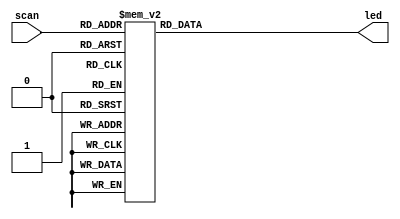
module decode38_row (scan,led);
 
	input [2:0] scan;						//scan3,125,000hz
	output [7:0] led;						//
 
        reg [7:0] led;              //ledregalwaysreg
 
        //alwaysscanscanalways
	always @ (scan)
	begin
		case(scan)                                               
			3'b000:	led=8'b0111_1111;  //0   
			3'b001:	led=8'b1011_1111;                     
			3'b010:	led=8'b1101_1111;
			3'b011:	led=8'b1110_1111;
			3'b100:	led=8'b1111_0111;
			3'b101:	led=8'b1111_1011;
			3'b110:	led=8'b1111_1101;
			3'b111:	led=8'b1111_1110;
			default: ;
		endcase
	end
 
endmodule